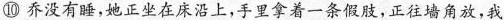
⑩ 乔没有睡，她正坐在床沿上，手里拿着一条假肢，正往墙角放，我